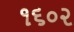
૧૬૦૨